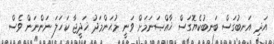
އަދި އަނބުގަސް ބަނބުކެޔޮގަސް ޚާއްޞަނަމަށް ވަނީ މުޙަންމަދު ޚަދީޖާ ކަހަލަ ނަންނަން ވެސް